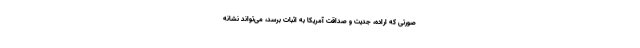
صورتی که اراده، جدیت و صداقت آمریکا به اثبات برسد، می‌تواند نشانه